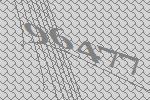
96477